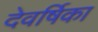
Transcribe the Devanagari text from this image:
देवर्षिका